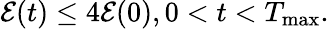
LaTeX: \mathcal{E}(t)\leq 4\mathcal{E}(0),0<t<T_{\operatorname*{max}}.